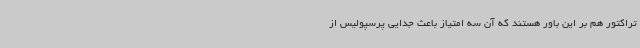
تراکتور هم بر این باور هستند که آن سه امتیاز باعث جدایی پرسپولیس از